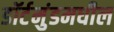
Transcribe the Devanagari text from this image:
डॉर्टमुंडमधील